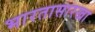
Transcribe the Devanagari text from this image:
भारतासारखा